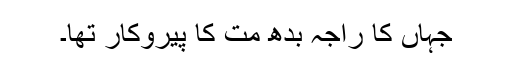
جہاں کا راجہ بدھ مت کا پیروکار تھا۔